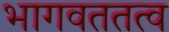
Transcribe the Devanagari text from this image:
भागवततत्व